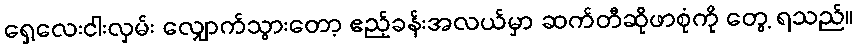
ရှေ့လေးငါးလှမ်း လျှောက်သွားတော့ ဧည့်ခန်းအလယ်မှာ ဆက်တီဆိုဖာစုံကို တွေ့ ရသည်။